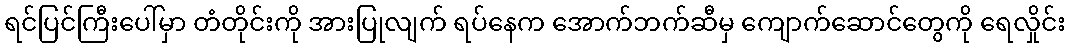
ရင်ပြင်ကြီးပေါ်မှာ တံတိုင်းကို အားပြုလျက် ရပ်နေက အောက်ဘက်ဆီမှ ကျောက်ဆောင်တွေကို ရေလှိုင်း